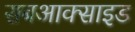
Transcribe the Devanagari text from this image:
सबआक्साइड